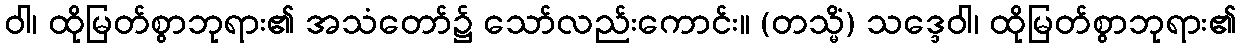
ဝါ၊ ထိုမြတ်စွာဘုရား၏ အသံတော်၌ သော်လည်းကောင်း။ (တသ္မိံ) သဒ္ဒေဝါ၊ ထိုမြတ်စွာဘုရား၏